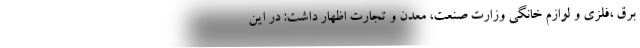
برق ،فلزی و لوازم خانگی وزارت صنعت، معدن و تجارت اظهار داشت: در این